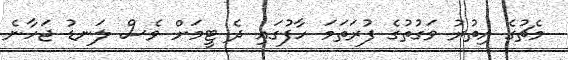
މެޗުގެ އިތުރު ވަގުތުގެ ފުރަތަމަ ހާފުގައި ދެ ޓީމަށް ވެސް ލަނޑު ޖަހާނެ